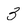
Character: 3